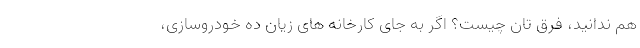
هم ندانید، فرق تان چیست؟ اگر به جای کارخانه های زیان ده خودروسازی،